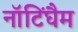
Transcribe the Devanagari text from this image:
नॉटिंघैम